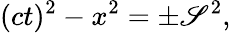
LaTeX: (ct)^{2}-x^{2}=\pm\mathscr{S}^{2},